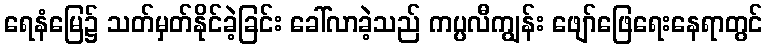
ရေနံမြေ၌ သတ်မှတ်နိုင်ခဲ့ခြင်း ခေါ်လာခဲ့သည် ကပ္ပလီကျွန်း ဖျော်ဖြေရေးနေရာတွင်